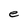
Character: e